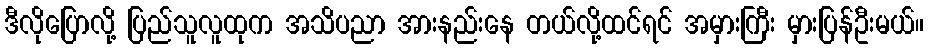
ဒီလိုပြောလို့ ပြည်သူလူထုက အသိပညာ အားနည်းနေ တယ်လို့ထင်ရင် အမှားကြီး မှားပြန်ဦးမယ်။